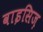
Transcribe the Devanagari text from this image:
वाइसिज़